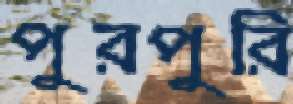
পুরপুরি